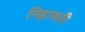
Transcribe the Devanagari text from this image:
निहायती